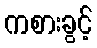
ကစားခွင့်